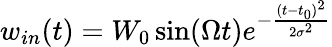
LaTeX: w_{in}(t)=W_{0}\sin(\Omega t)e^{-\frac{(t-t_{0})^{2}}{2\sigma^{2}}}